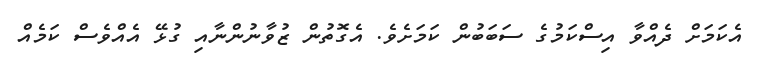
އެކަމަށް ދެއްވާ އިސްކަމުގެ ސަބަބުން ކަމަށެވެ. އެގޮތުން ޒުވާނުންނާއި ގުޅޭ އެއްވެސް ކަމެއް